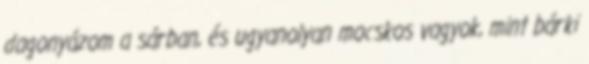
dagonyázom a sárban, és ugyanolyan mocskos vagyok, mint bárki